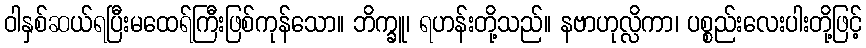
ဝါနှစ်ဆယ်ရပြီးမထေရ်ကြီးဖြစ်ကုန်သော။ ဘိက္ခူ၊ ရဟန်းတို့သည်။ နဗာဟုလ္လိကာ၊ ပစ္စည်းလေးပါးတို့ဖြင့်